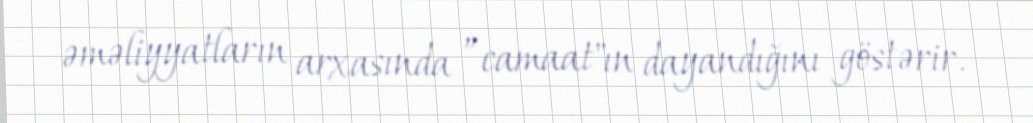
əməliyyatların arxasında ”camaat"ın dayandığını göstərir.